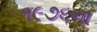
૧૯૭૬ના